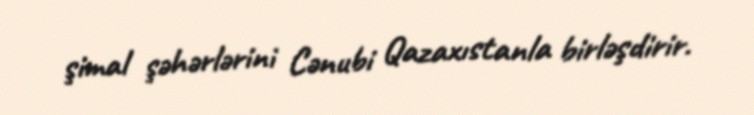
şimal şəhərlərini Cənubi Qazaxıstanla birləşdirir.